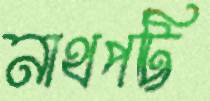
নাথপট্টি